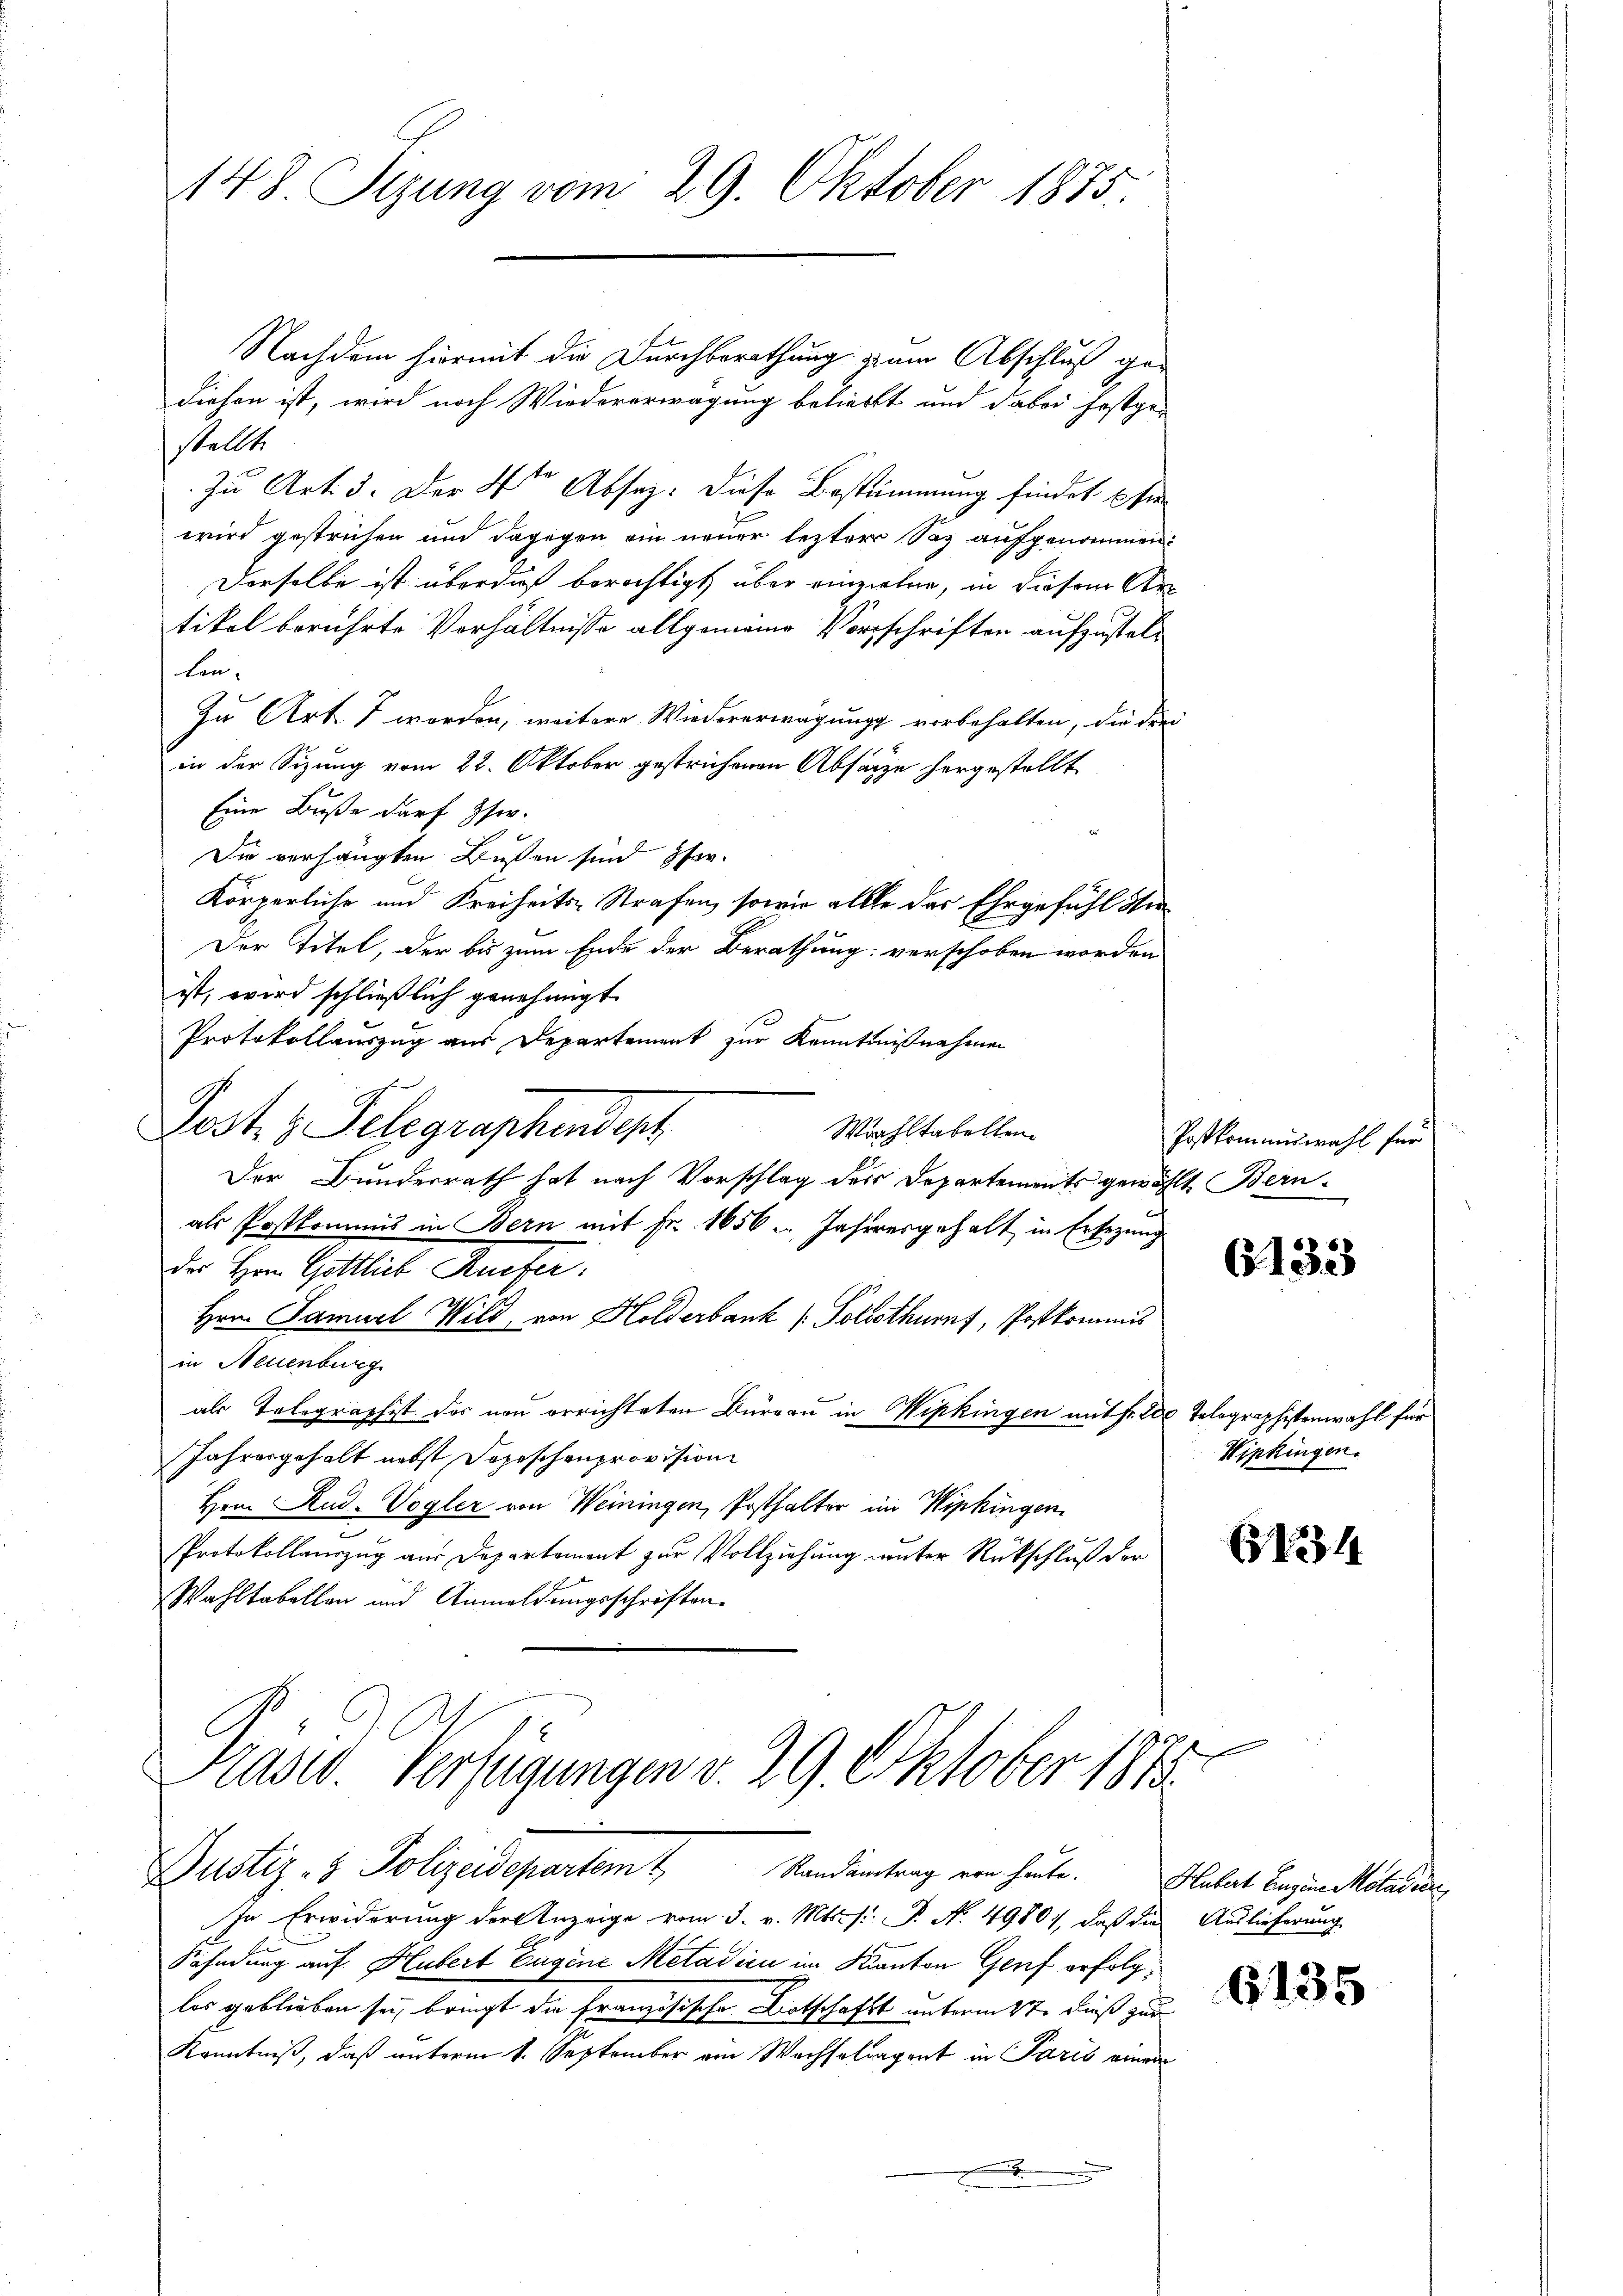
148. Sezung vom 29. Oktober 1875.

Nachdem hiermit die Durchberathung zum Abschluß gediesen ist, wird noch Wiedererwägung beliebt und dabei festgestellt.
Zu Art. 3. Der 4ten Absez. diese Bestimmung findet per
wird gestrichen und dagegen ein neuer lezter Saz aufgenommen.
Derselbe ist überdaß berichtigt, über einziehen, in diesem Artikel berührte Verhältnisse allgemeine Vorschriften aufzustellen-
Zu Art. 7 worden, weitere Wiedererwägung vorbehalten, die drei
in der Sizung vom 22. Oktober gestrichenen Absatze hergestellt
Eine Buße darf schw.
Die verhängten Bußen sind fer¬
Körperliche und Freiheits-Strafen, sowie alle das Ehrgefühl de
Der Titel, der bis zum Ende der Berathung: verschoben worden
ist, wird schließlich genehmigt.
Protokollauszug aus Departement zur Kenntnißnahmen
für
Post 3 Telegraphendept
Wohltabellen¬
Der Bunderrath hat nach Vorschlag des Departements gewählt Bern-
als Postkommis in Bern mit Fr. 1656. Jahresgehalt in Ersezung
des Hrn. Gottlieb Rüefer:
Hrn. Samuel Wild, von Holderbank (Polothurnf, Postkommis
in Neuenburg
als Telegraphist das neu errichteten Burgau in Wipkingen mit fr. 200 Tolographistenwahl für
Jahresgehalt nebst Dopischenprovision
Hrn. Rud. Vogler von Weiningen, Posthalter im Wipkingen
e
Protokollauszug aus Departement zur Vollziehung unter Rückschluß der
Wahltabellen und Anmeldungsschriften.

Präsid. Verfügungen v. 29. Oktober 1873.
Justiz- & Polizeidepartem 4. Mandantrag von heute. Plakat Beginelleine

Postkommiswahl für

Wipkingen.

In Erwiderung der Anzeige vom 3. v. Mts. f. P. N. 49801, daß die Auslieferung
Fahndung auf Hubert Eugene Metadici im Kanton Genf erfolglos geblieben sei, bringt die französische Botschafts unterm 4ten dieß zur
Kenntniß, daß unterm 1. September am Wachselwagent in Paris einen
.

l

6133

134

6135